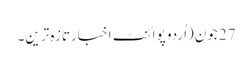
27 جون(اُردو پوائنٹ اخبارتازہ ترین۔